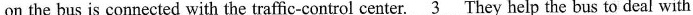
on the bus is connected with the traffic-control center. \underline{3}They help the bus to deal with